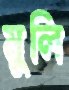
মুলি